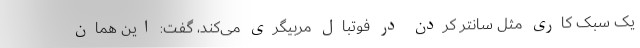
یک سبک کاری مثل سانتر کردن در فوتبال مربیگری می‌کند، گفت: این همان